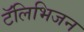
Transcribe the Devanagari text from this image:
टॅलिभिजन